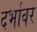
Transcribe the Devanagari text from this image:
दर्भावर